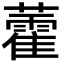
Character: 藿